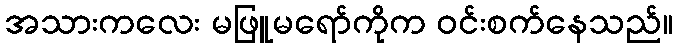
အသားကလေး မဖြူမရော်ကိုက ဝင်းစက်နေသည်။